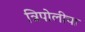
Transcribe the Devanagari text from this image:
त्रिपोलीचा